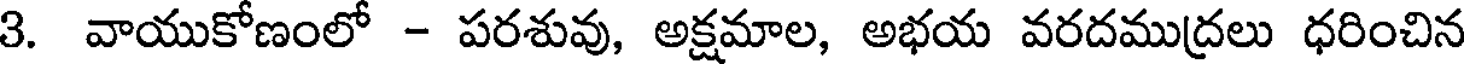
3. వాయుకోణంలో - పరశువు, అక్షమాల, అభయ వరదముద్రలు ధరించిన